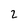
Character: 2